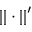
| | \cdot | | ^ { \prime }